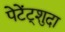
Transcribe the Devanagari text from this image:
पेटेंट्शुदा